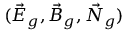
( \vec { E } _ { g } , \vec { B } _ { g } , \vec { N } _ { g } )